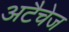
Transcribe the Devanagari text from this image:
अटैचेज